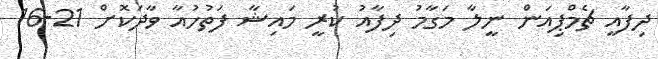
ދިފާއީ ޗެމްޕިއަން ނީލާ މަގާމު ދިފާއު ކުރީ މައިޝާ ފަތުހުއާ ވާދަކޮށް 21-16